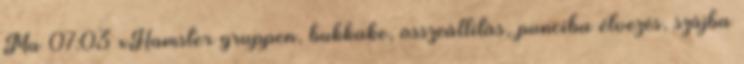
Ma 07:03 xHamster gruppen, bukkake, összeállítás, punciba élvezés, szájba